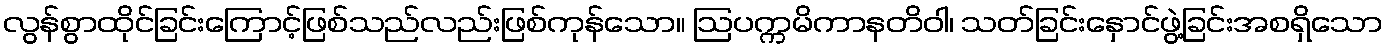
လွန်စွာထိုင်ခြင်းကြောင့်ဖြစ်သည်လည်းဖြစ်ကုန်သော။ ဩပက္ကမိကာနတိဝါ၊ သတ်ခြင်းနှောင်ဖွဲ့ခြင်းအစရှိသော